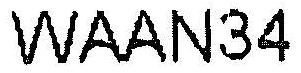
WAAN34